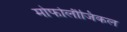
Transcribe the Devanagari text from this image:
मोर्फोलौजिकल